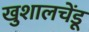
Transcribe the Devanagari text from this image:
खुशालचेंडू